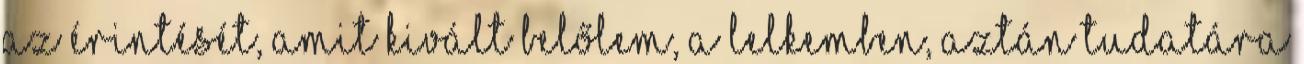
az érintését, amit kivált belőlem, a lelkemben, aztán tudatára